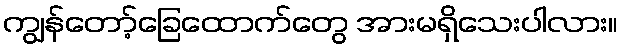
ကျွန်တော့်ခြေထောက်တွေ အားမရှိသေးပါလား။